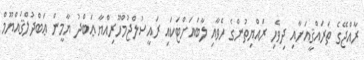
ރާއްޖޭގެ ތަރައްޤީއަށާއި ދިވެހި ރައްޔިތުންގެ ހެވާއި ލާބައަށްޓަކައި ރައީސުލްޖުމްހޫރިއްޔާ ޢަބްދު ޔާމީން ޢަބްދުލްޤައްޔޫމް